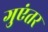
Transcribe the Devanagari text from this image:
गुएंतर